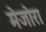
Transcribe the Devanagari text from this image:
मेजोरा